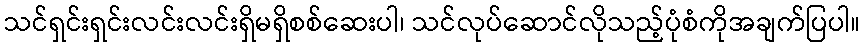
သင်ရှင်းရှင်းလင်းလင်းရှိမရှိစစ်ဆေးပါ၊ သင်လုပ်ဆောင်လိုသည့်ပုံစံကိုအချက်ပြပါ။